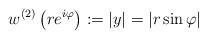
LaTeX: \begin{align*}w^{\left( 2\right) }\left( re^{i\varphi}\right) :=\left\vert y\right\vert=\left\vert r\sin\varphi\right\vert \end{align*}